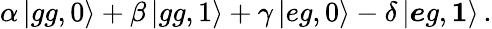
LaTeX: \alpha\left|gg,0\right\rangle+\beta\left|gg,1\right\rangle+\gamma\left|eg,0\right\rangle-\delta\left|\boldsymbol eg,\boldsymbol{1}\right\rangle\, .